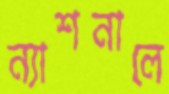
ন্যাশনালে